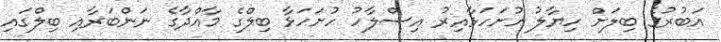
އަބުރުގެ ބިލަށް ހިޔާލު ހުށަހަޅާއިރު އިސްލާހު ހުށަހަޅާ ބިލްގެ މާއްދާގެ ނަންބަރާއި ބިލްގައި